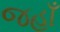
જહાઁ